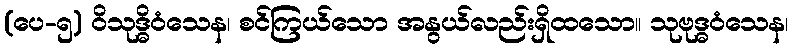
(ပေ-၅) ဝိသုဒ္ဓိဝံသေန၊ စင်ကြယ်သော အနွယ်လည်းရှိထသော။ သုဗုဒ္ဓဝံသေန၊